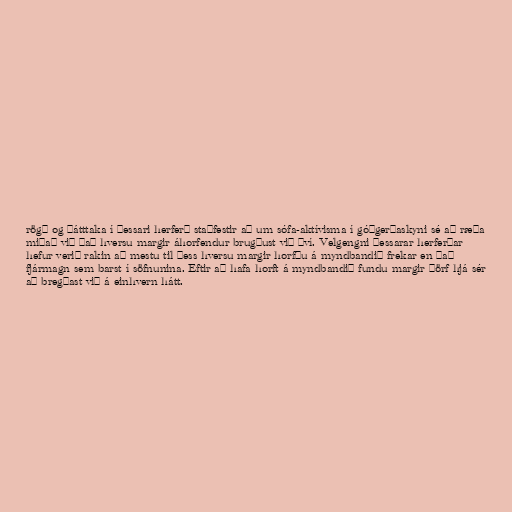
rögð og þátttaka í þessari herferð staðfestir að um sófa-aktívisma í góðgerðaskyni sé að ræða
miðað við það hversu margir áhorfendur brugðust við því. Velgengni þessarar herferðar
hefur verið rakin að mestu til þess hversu margir horfðu á myndbandið frekar en það
fjármagn sem barst í söfnunina. Eftir að hafa horft á myndbandið fundu margir þörf hjá sér
að bregðast við á einhvern hátt.